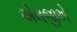
એલજીએ